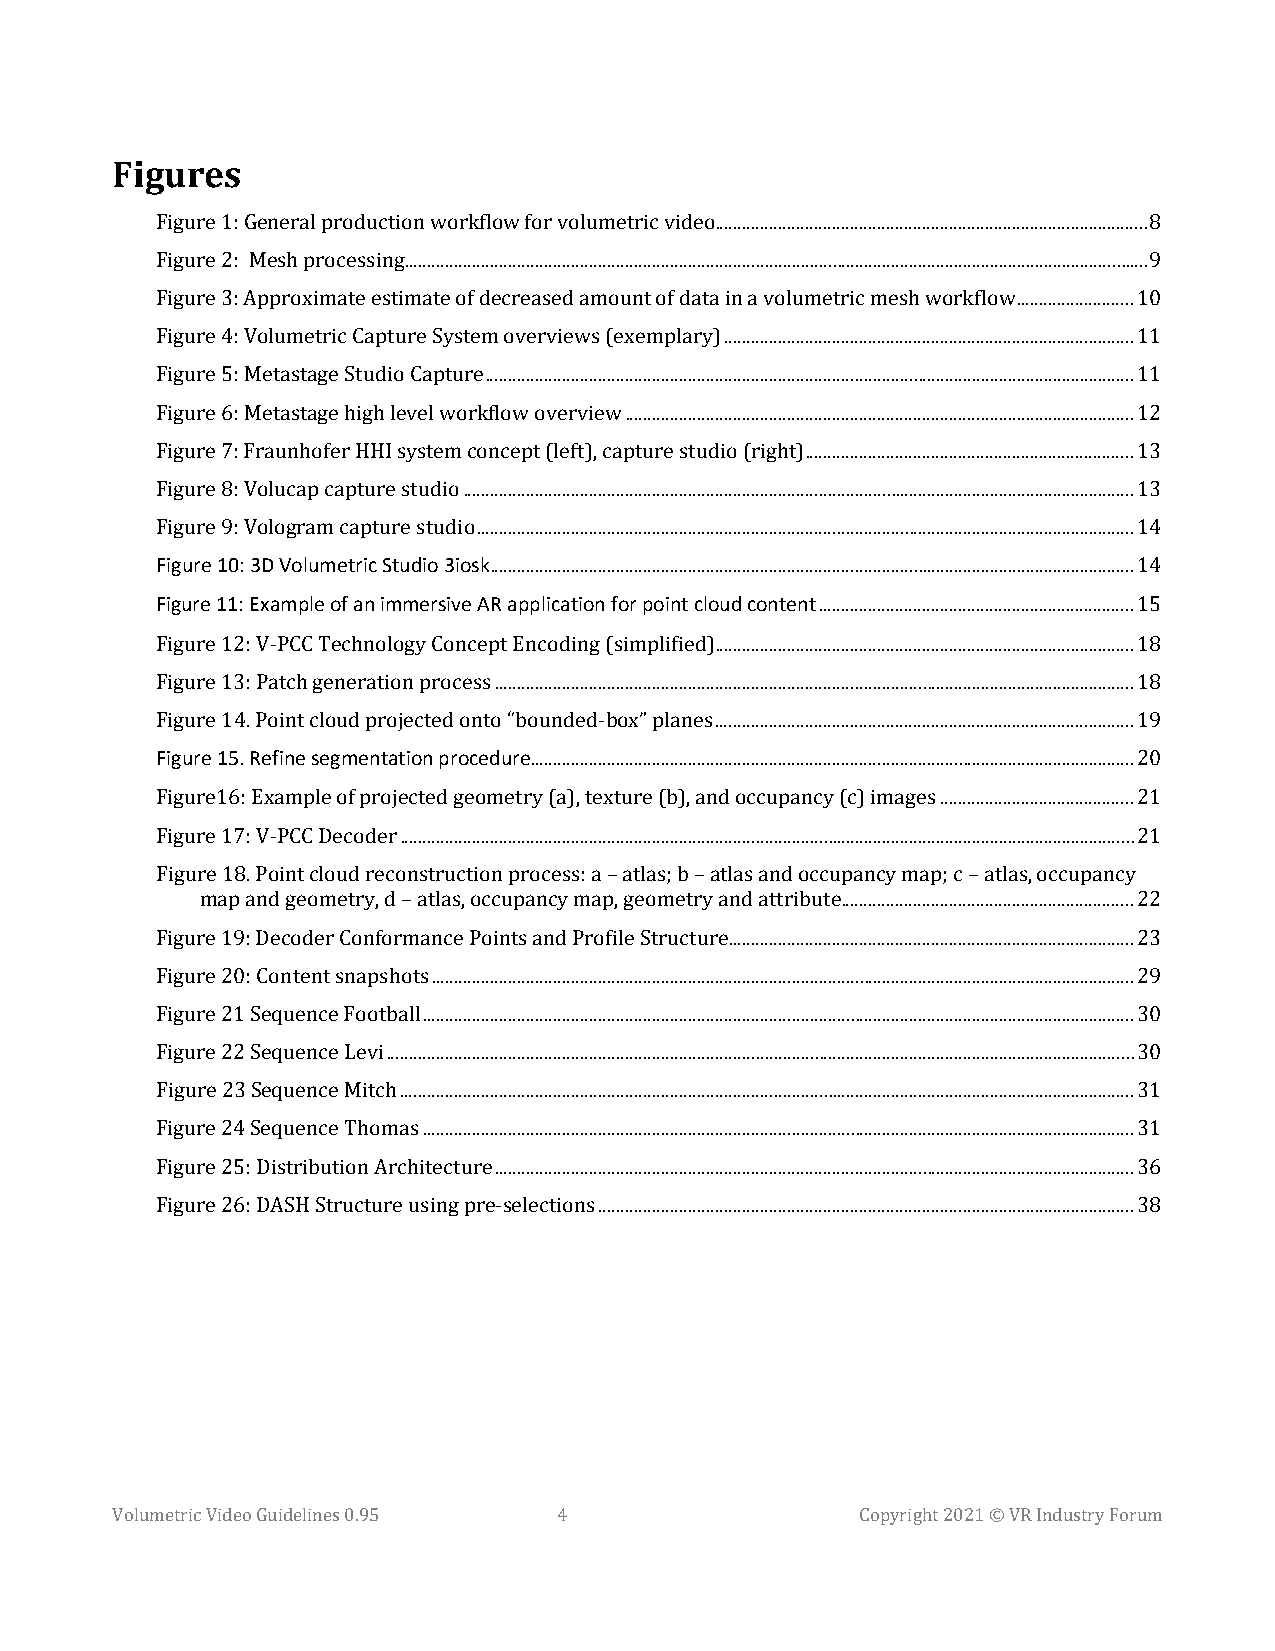
Figures
 Figure 1: General production workflow for volumetric video ................................................................................................ 8
 Figure 2: Mesh processing ..................................................................................................................................................................... 9
 Figure 3: Approximate estimate of decreased amount of data in a volumetric mesh workflow .......................... 10
 Figure 4: Volumetric Capture System overviews (exemplary) ........................................................................................... 11
 Figure 5: Metastage Studio Capture ................................................................................................................................................ 11
 Figure 6: Metastage high level workflow overview ................................................................................................................. 12
 Figure 7: Fraunhofer HHI system concept (left), capture studio (right) ......................................................................... 13
 Figure 8: Volucap capture studio ..................................................................................................................................................... 13
 Figure 10: 3D Volumetric Studio 3iosk
 Figure 9: Vologram capture studio .................................................................................................................................................. 14
 Figure 11: Example of an immersive AR application for point cloud content
 ............................................................................................................................................... 14
 ...................................................................... 15
 Figure 12: V-PCC Technology Concept Encoding (simplified) ............................................................................................. 18
 Figure 13: Patch generation process .............................................................................................................................................. 18
 Figure 15. Refine segmentation procedure
 Figure 14. Point cloud projected onto “bounded-box” planes ............................................................................................. 19
 ...................................................................................................................................... 20
 Figure16: Example of projected geometry (a), texture (b), and occupancy (c) images ........................................... 21
 Figure 17: V-PCC Decoder ................................................................................................................................................................... 21
 Figure 18. Point cloud reconstruction process: a – atlas; b – atlas and occupancy map; c – atlas, occupancy
 map and geometry, d – atlas, occupancy map, geometry and attribute ................................................................. 22
 Figure 19: Decoder Conformance Points and Profile Structure .......................................................................................... 23
 Figure 20: Content snapshots ............................................................................................................................................................ 29
 Figure 21 Sequence Football .............................................................................................................................................................. 30
 Figure 22 Sequence Levi ...................................................................................................................................................................... 30
 Figure 23 Sequence Mitch ................................................................................................................................................................... 31
 Figure 24 Sequence Thomas .............................................................................................................................................................. 31
 Figure 25: Distribution Architecture .............................................................................................................................................. 36
 Figure 26: DASH Structure using pre-selections ....................................................................................................................... 38
 Volumetric Video Guidelines 0.95 4                Copyright 2021 © VR Industry Forum